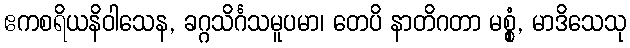
ဧကစရိယနိဝါသေန, ခဂ္ဂသိင်္ဂသမူပမာ၊ တေပိ နာတိဂတာ မစ္စုံ, မာဒိသေသု